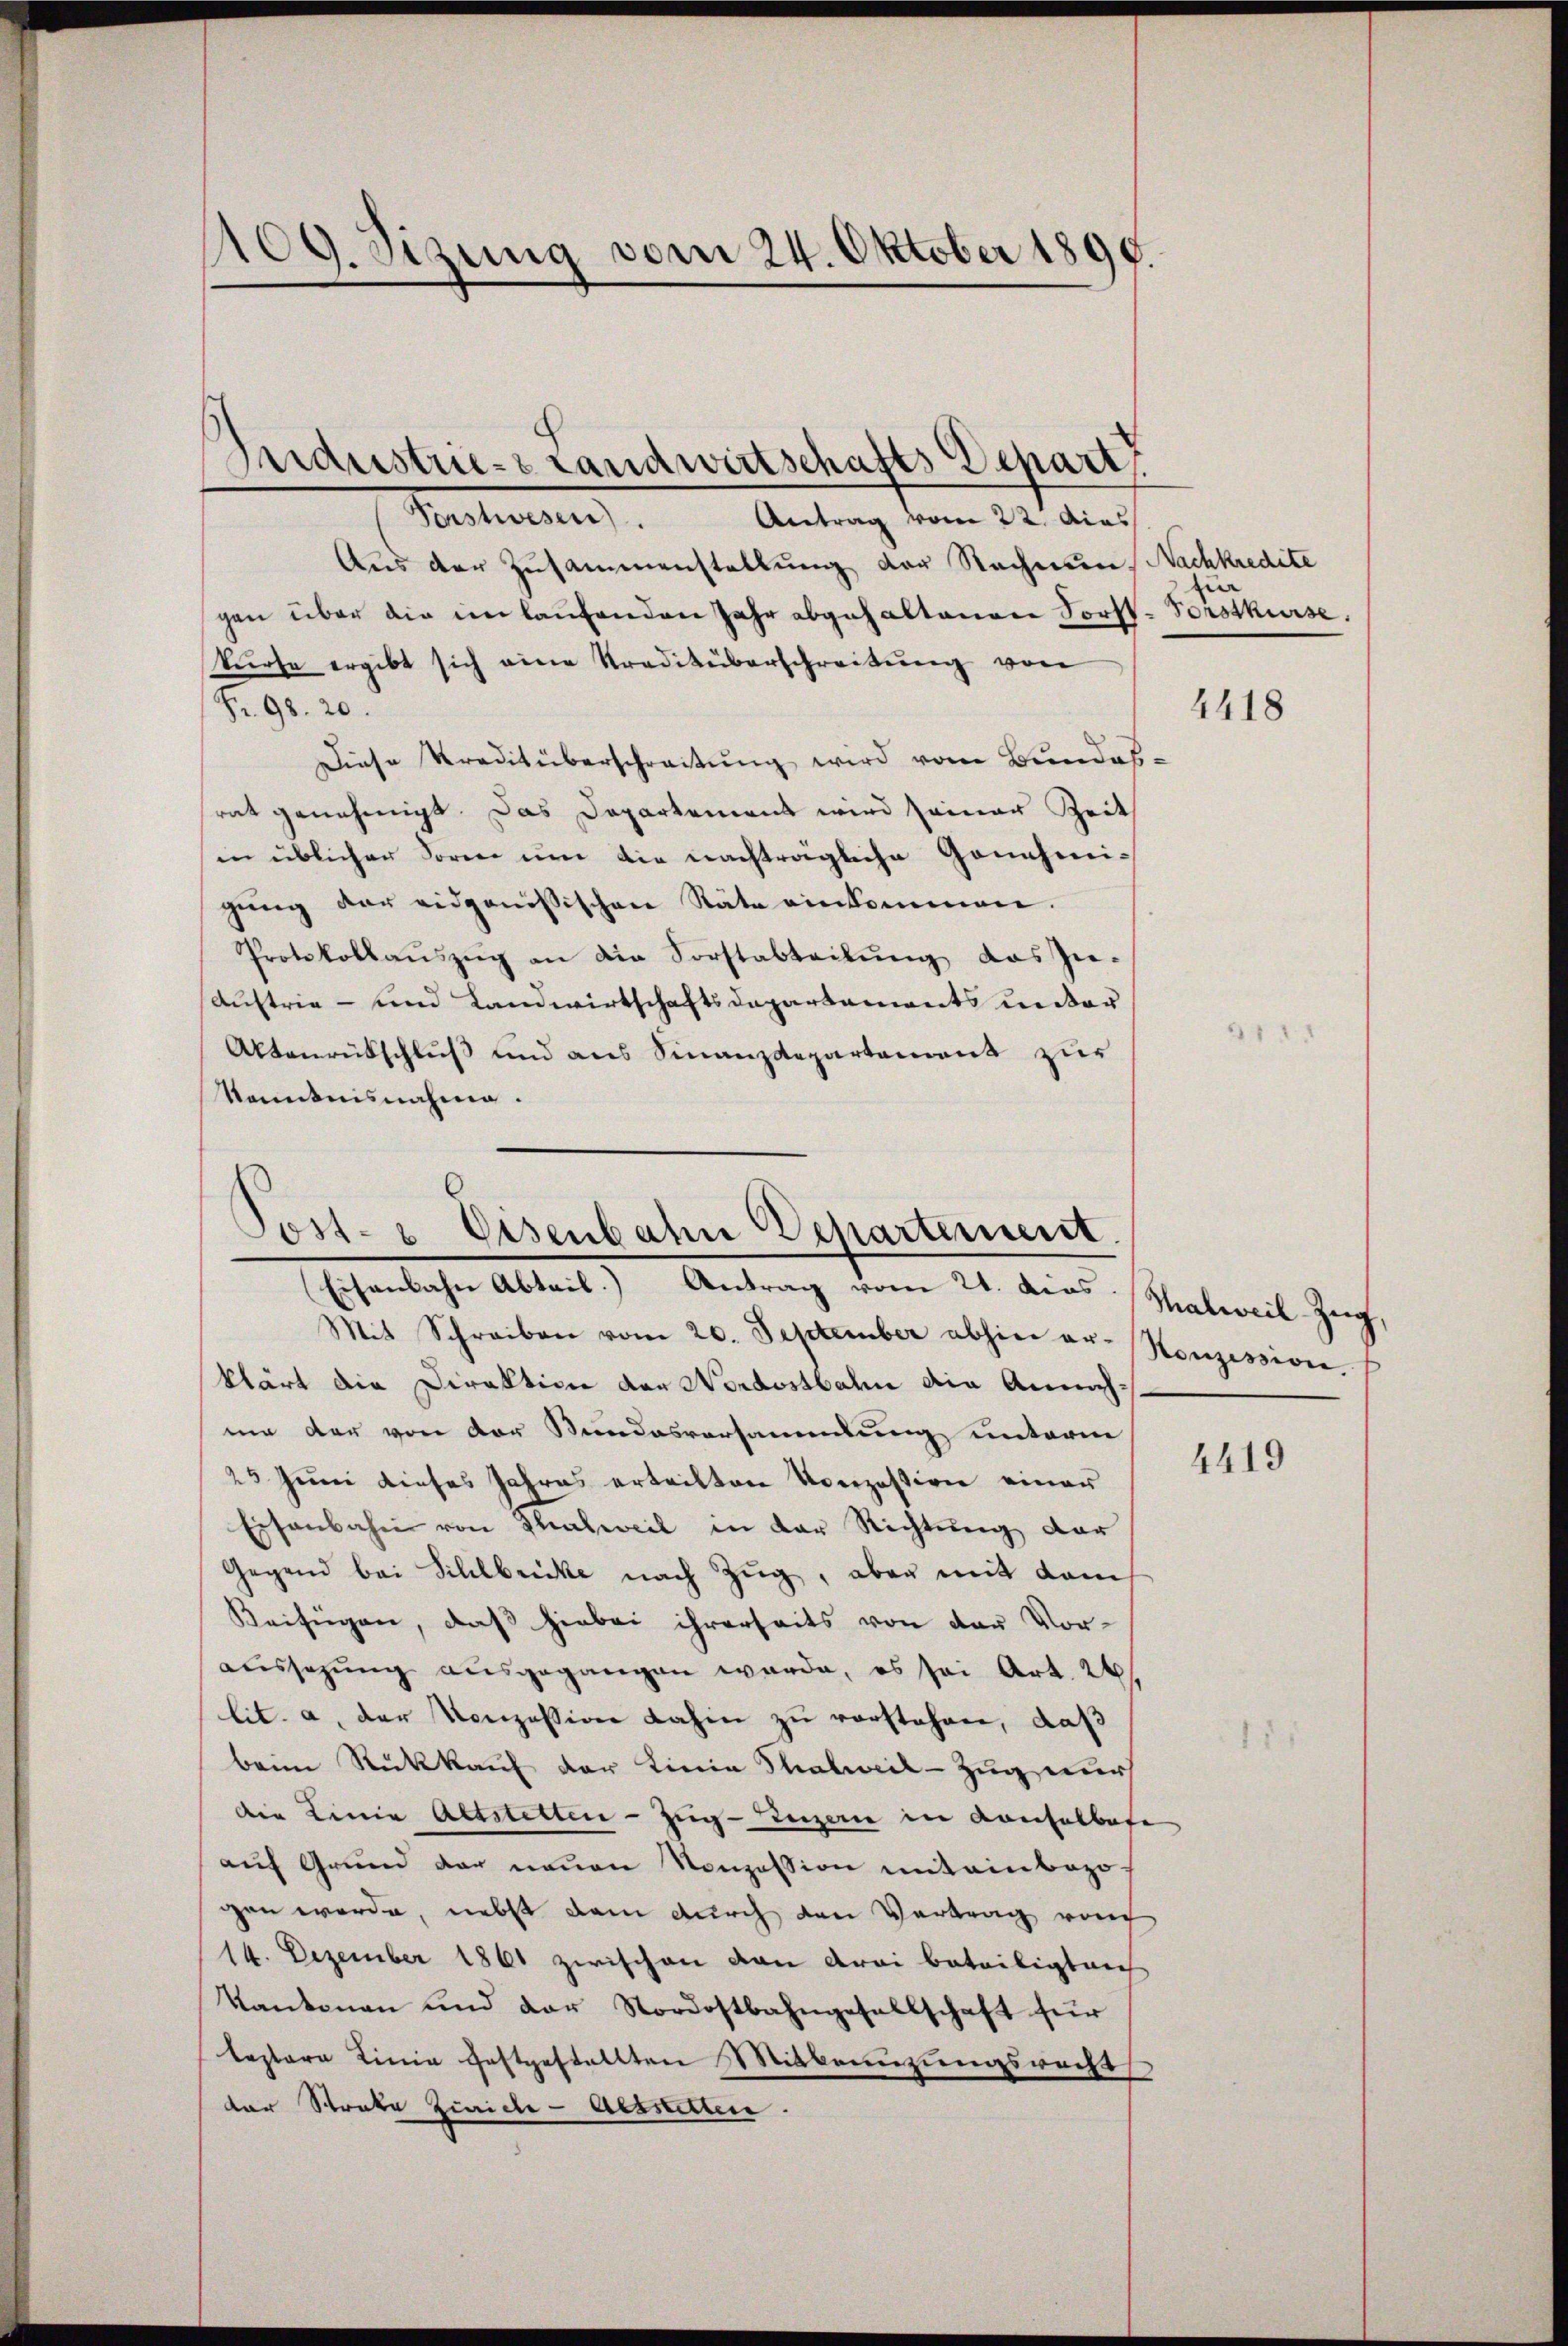
109. Sizung vom 24. Oktober 1890.

Aus der Zusammenstellung der Rechnung Nachkredite
gen über die im laufenden Jahr abgehaltenen Forst-Forstkurse.
kürte ergibt sich eine Tradiküberschreitŭng von
Fr. 98. 20.
Diese Traditüberschreitung wird vom Bundes-
rat genehmigt. Das Departement wird seiner Zeit
in üblicher Forme um die nachträgliche Genehmigŭng der eidgenössischen Stäte einkommen.
Protokollaŭszŭg an die Forstabteilŭng das In-
Austrie - und Landwirtschaftsdepartements unter
Aktenrückschluß und aus Finanzdepartement zur
kanntnisnahme.

Industrie- Landwirtschafts Depart
Ponstwesen).
Antrag vom 22. Acas

Post- & Eisenbahn chartement.
Eisenbachen Abteil) Antrag vom 21. dies Stativel Zug,

Mit Schreiben vom 20. September abhin er-Honzession.
klärt die Direktion der Nordostbahn die Annahme der von der Kundesversammlung unterm
25 Juni dieses Jahres erteilten Konzession einer
Eisenbahn von Thalweil in der Richtung der
Gegend bei Sihlbrücke nach Zŭg, aber mit dem
Beifügen, daβ hiebei ihrerseits von der Vor-
aussagung ausgegangen wurde, es sei Art. 26.
lit. a. der Konzession dahin zu vorstehen, daß
beim Rückkauf der Linie Thalweil-Zug nur
die Linie Altstetten-Zug–Luzern in Konselbefe
auf Grund der neuen Konzession miteinbezogen werde, nebst dem durch den Vertrag vorig
14. Dezember 1861 zwischen von drei beteiligteich
Kantonen und der Nordostbahngesellschaft für
lestere Linie festgestellten Mitbenuzungsrechts
der Streke Zürich-Betretten.

in

4418

4419